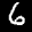
Label: 6